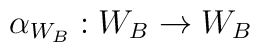
\alpha_{W_{B}} : W_{B} \to W_{B}